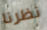
نظرنا